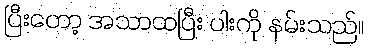
ပြီးတော့ အသာထပြီး ပါးကို နမ်းသည်။